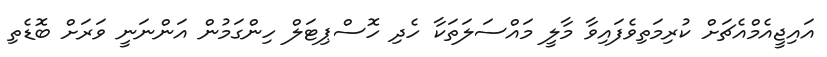
އައިޖީއެމްއެޗަށް ކުރިމަތިވެފައިވާ މާލީ މައްސަލަތަކާ ހެދި ހޮސްޕިޓަލް ހިންގަމުން އަންނަނީ ވަރަށް ބޮޑެތި